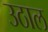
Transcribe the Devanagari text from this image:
उठाल